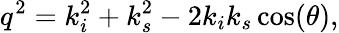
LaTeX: q^{2}=k_{i}^{2}+k_{s}^{2}-2k_{i}k_{s}\cos(\theta),